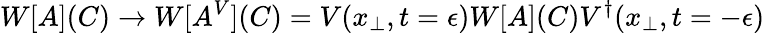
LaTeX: W[A](C)\rightarrow W[A^{V}](C)=V(x_{\perp},t=\epsilon)W[A](C)V^{\dagger}(x_{\perp},t=-\epsilon)